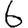
Digit: 6